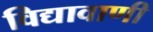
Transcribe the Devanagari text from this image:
विद्यावाणी